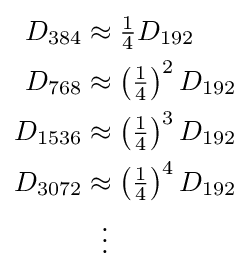
{\begin{aligned}D_{384}&{}\approx {\tfrac {1}{4}}D_{192}\\D_{768}&{}\approx \left({\tfrac {1}{4}}\right)^{2}D_{192}\\D_{1536}&{}\approx \left({\tfrac {1}{4}}\right)^{3}D_{192}\\D_{3072}&{}\approx \left({\tfrac {1}{4}}\right)^{4}D_{192}\\&{}\ \ \vdots \end{aligned}}